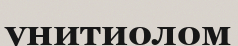
унитиолом